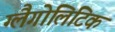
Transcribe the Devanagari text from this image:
ग्लैगोलिटिक